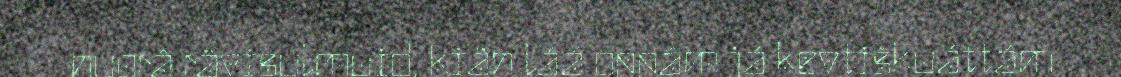
nuorâ rävisulmuid, kiäh láá oppâm já kevtiškuáttám